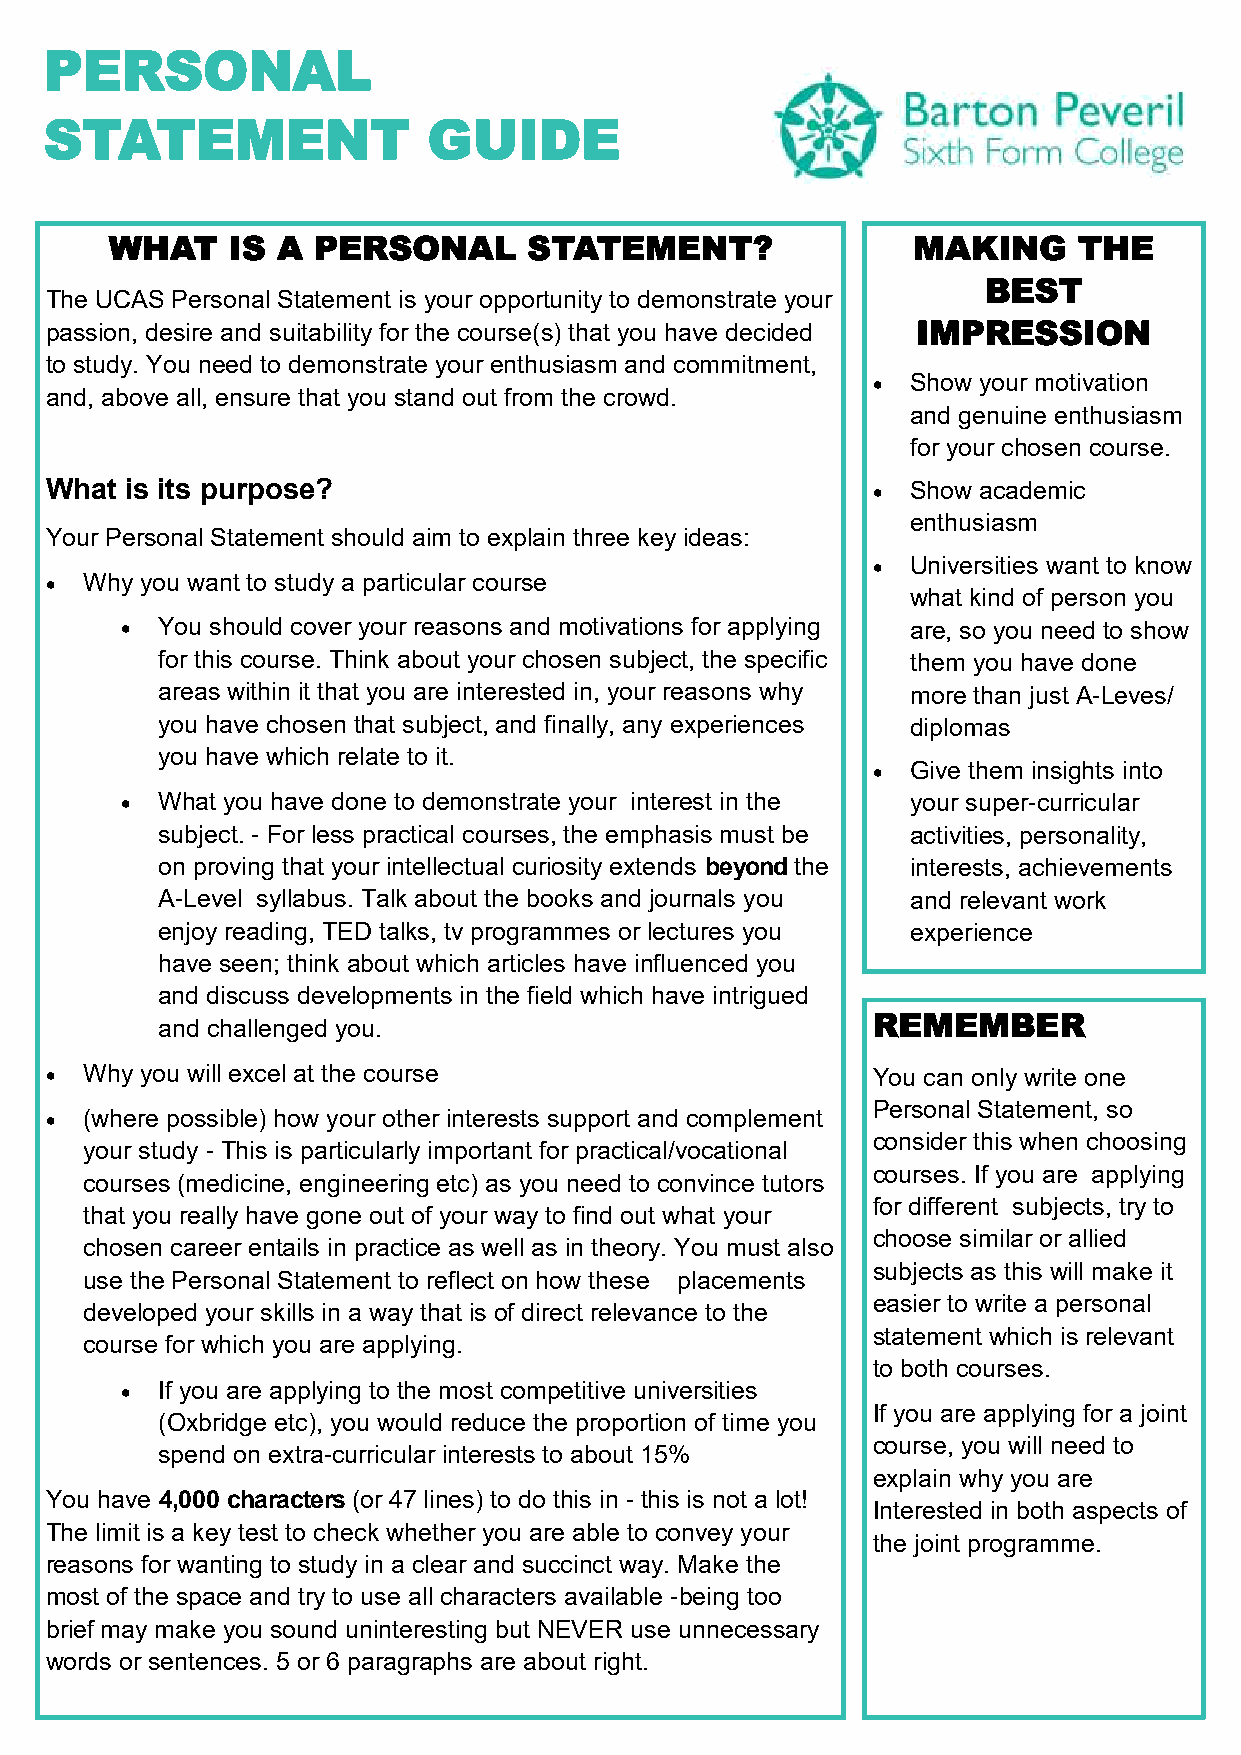
PERSONAL
 STATEMENT                GUIDE
 WHAT    IS A  PERSONAL      STATEMENT?               MAKING     THE
 BEST
 The UCAS Personal Statement is your opportunity to demonstrate your
 passion, desire and suitability for the course(s) that you have decided IMPRESSION
 to study. You need to demonstrate your enthusiasm and commitment,
  Show your motivation
 and, above all, ensure that you stand out from the crowd.
 and genuine enthusiasm
 for your chosen course.
 What is its purpose?                                    Show academic
 enthusiasm
 Your Personal Statement should aim to explain three key ideas:
  Universities want to know
   Why you want to study a particular course
 what kind of person you
  You should cover your reasons and motivations for applying are, so you need to show
 for this course. Think about your chosen subject, the specific them you have done
 areas within it that you are interested in, your reasons why more than just A-Leves/
 you have chosen that subject, and finally, any experiences diplomas
 you have which relate to it.
  Give them insights into
  What you have done to demonstrate your interest in the your super-curricular
 subject. - For less practical courses, the emphasis must be activities, personality,
 on proving that your intellectual curiosity extends beyond the interests, achievements
 A-Level syllabus. Talk about the books and journals you and relevant work
 enjoy reading, TED talks, tv programmes or lectures you experience
 have seen; think about which articles have influenced you
 and discuss developments in the field which have intrigued
 REMEMBER
 and challenged you.
   Why you will excel at the course                    You can only write one
 Personal Statement, so
   (where possible) how your other interests support and complement
 consider this when choosing
 your study - This is particularly important for practical/vocational
 courses. If you are applying
 courses (medicine, engineering etc) as you need to convince tutors
 for different subjects, try to
 that you really have gone out of your way to find out what your
 choose similar or allied
 chosen career entails in practice as well as in theory. You must also
 subjects as this will make it
 use the Personal Statement to reflect on how these placements
 easier to write a personal
 developed your skills in a way that is of direct relevance to the
 statement which is relevant
 course for which you are applying.
 to both courses.
  If you are applying to the most competitive universities
 If you are applying for a joint
 (Oxbridge etc), you would reduce the proportion of time you
 course, you will need to
 spend on extra-curricular interests to about 15%
 explain why you are
 You have 4,000 characters (or 47 lines) to do this in - this is not a lot!
 Interested in both aspects of
 The limit is a key test to check whether you are able to convey your
 the joint programme.
 reasons for wanting to study in a clear and succinct way. Make the
 most of the space and try to use all characters available -being too
 brief may make you sound uninteresting but NEVER use unnecessary
 words or sentences. 5 or 6 paragraphs are about right.